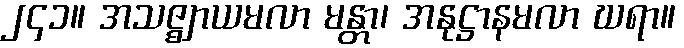
၂၄၁။ အသဇ္ဈာယမလာ မန္တာ၊ အနုဋ္ဌာနမလာ ဃရာ။